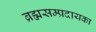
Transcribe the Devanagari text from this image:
ब्रह्मसम्प्रदायका